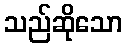
သည်ဆိုသော